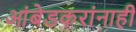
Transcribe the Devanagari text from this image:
आंबेडकरांनाही